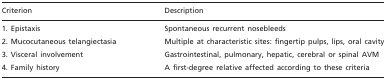
<table><thead><tr><td><b>Criterion</b></td><td><b>Description</b></td></tr></thead><tbody><tr><td>1. Epistaxis</td><td>Spontaneous recurrent nosebleeds</td></tr><tr><td>2. Mucocutaneous telangiectasia</td><td>Multiple at characteristic sites: fingertip pulps, lips, oral cavity</td></tr><tr><td>3. Visceral involvement</td><td>Gastrointestinal, pulmonary, hepatic, cerebral or spinal AVM</td></tr><tr><td>4. Family history</td><td>A first-degree relative affected according to these criteria</td></tr></tbody></table>